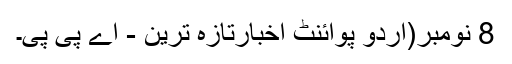
8 نومبر(اُردو پوائنٹ اخبارتازہ ترین - اے پی پی۔